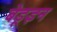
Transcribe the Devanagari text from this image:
बेडूइन